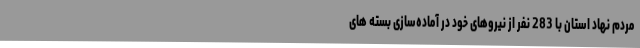
مردم نهاد استان با 283 نفر از نیروهای خود در آماده‌سازی بسته های